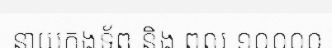
នាយកងទ័ព និង ពល ១០០០០